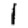
Digit: 1